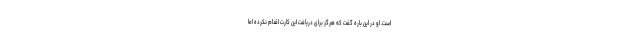
است. او در این باره گفت که هرگز برای دریافت این کارت اقدام نکرده اما